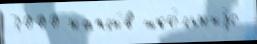
3000 наплы́в шко́льныjе